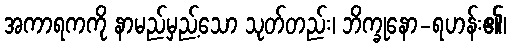
အကာရကကို နာမည်မှည့်သော သုတ်တည်း၊ ဘိက္ခုနော-ရဟန်း၏၊